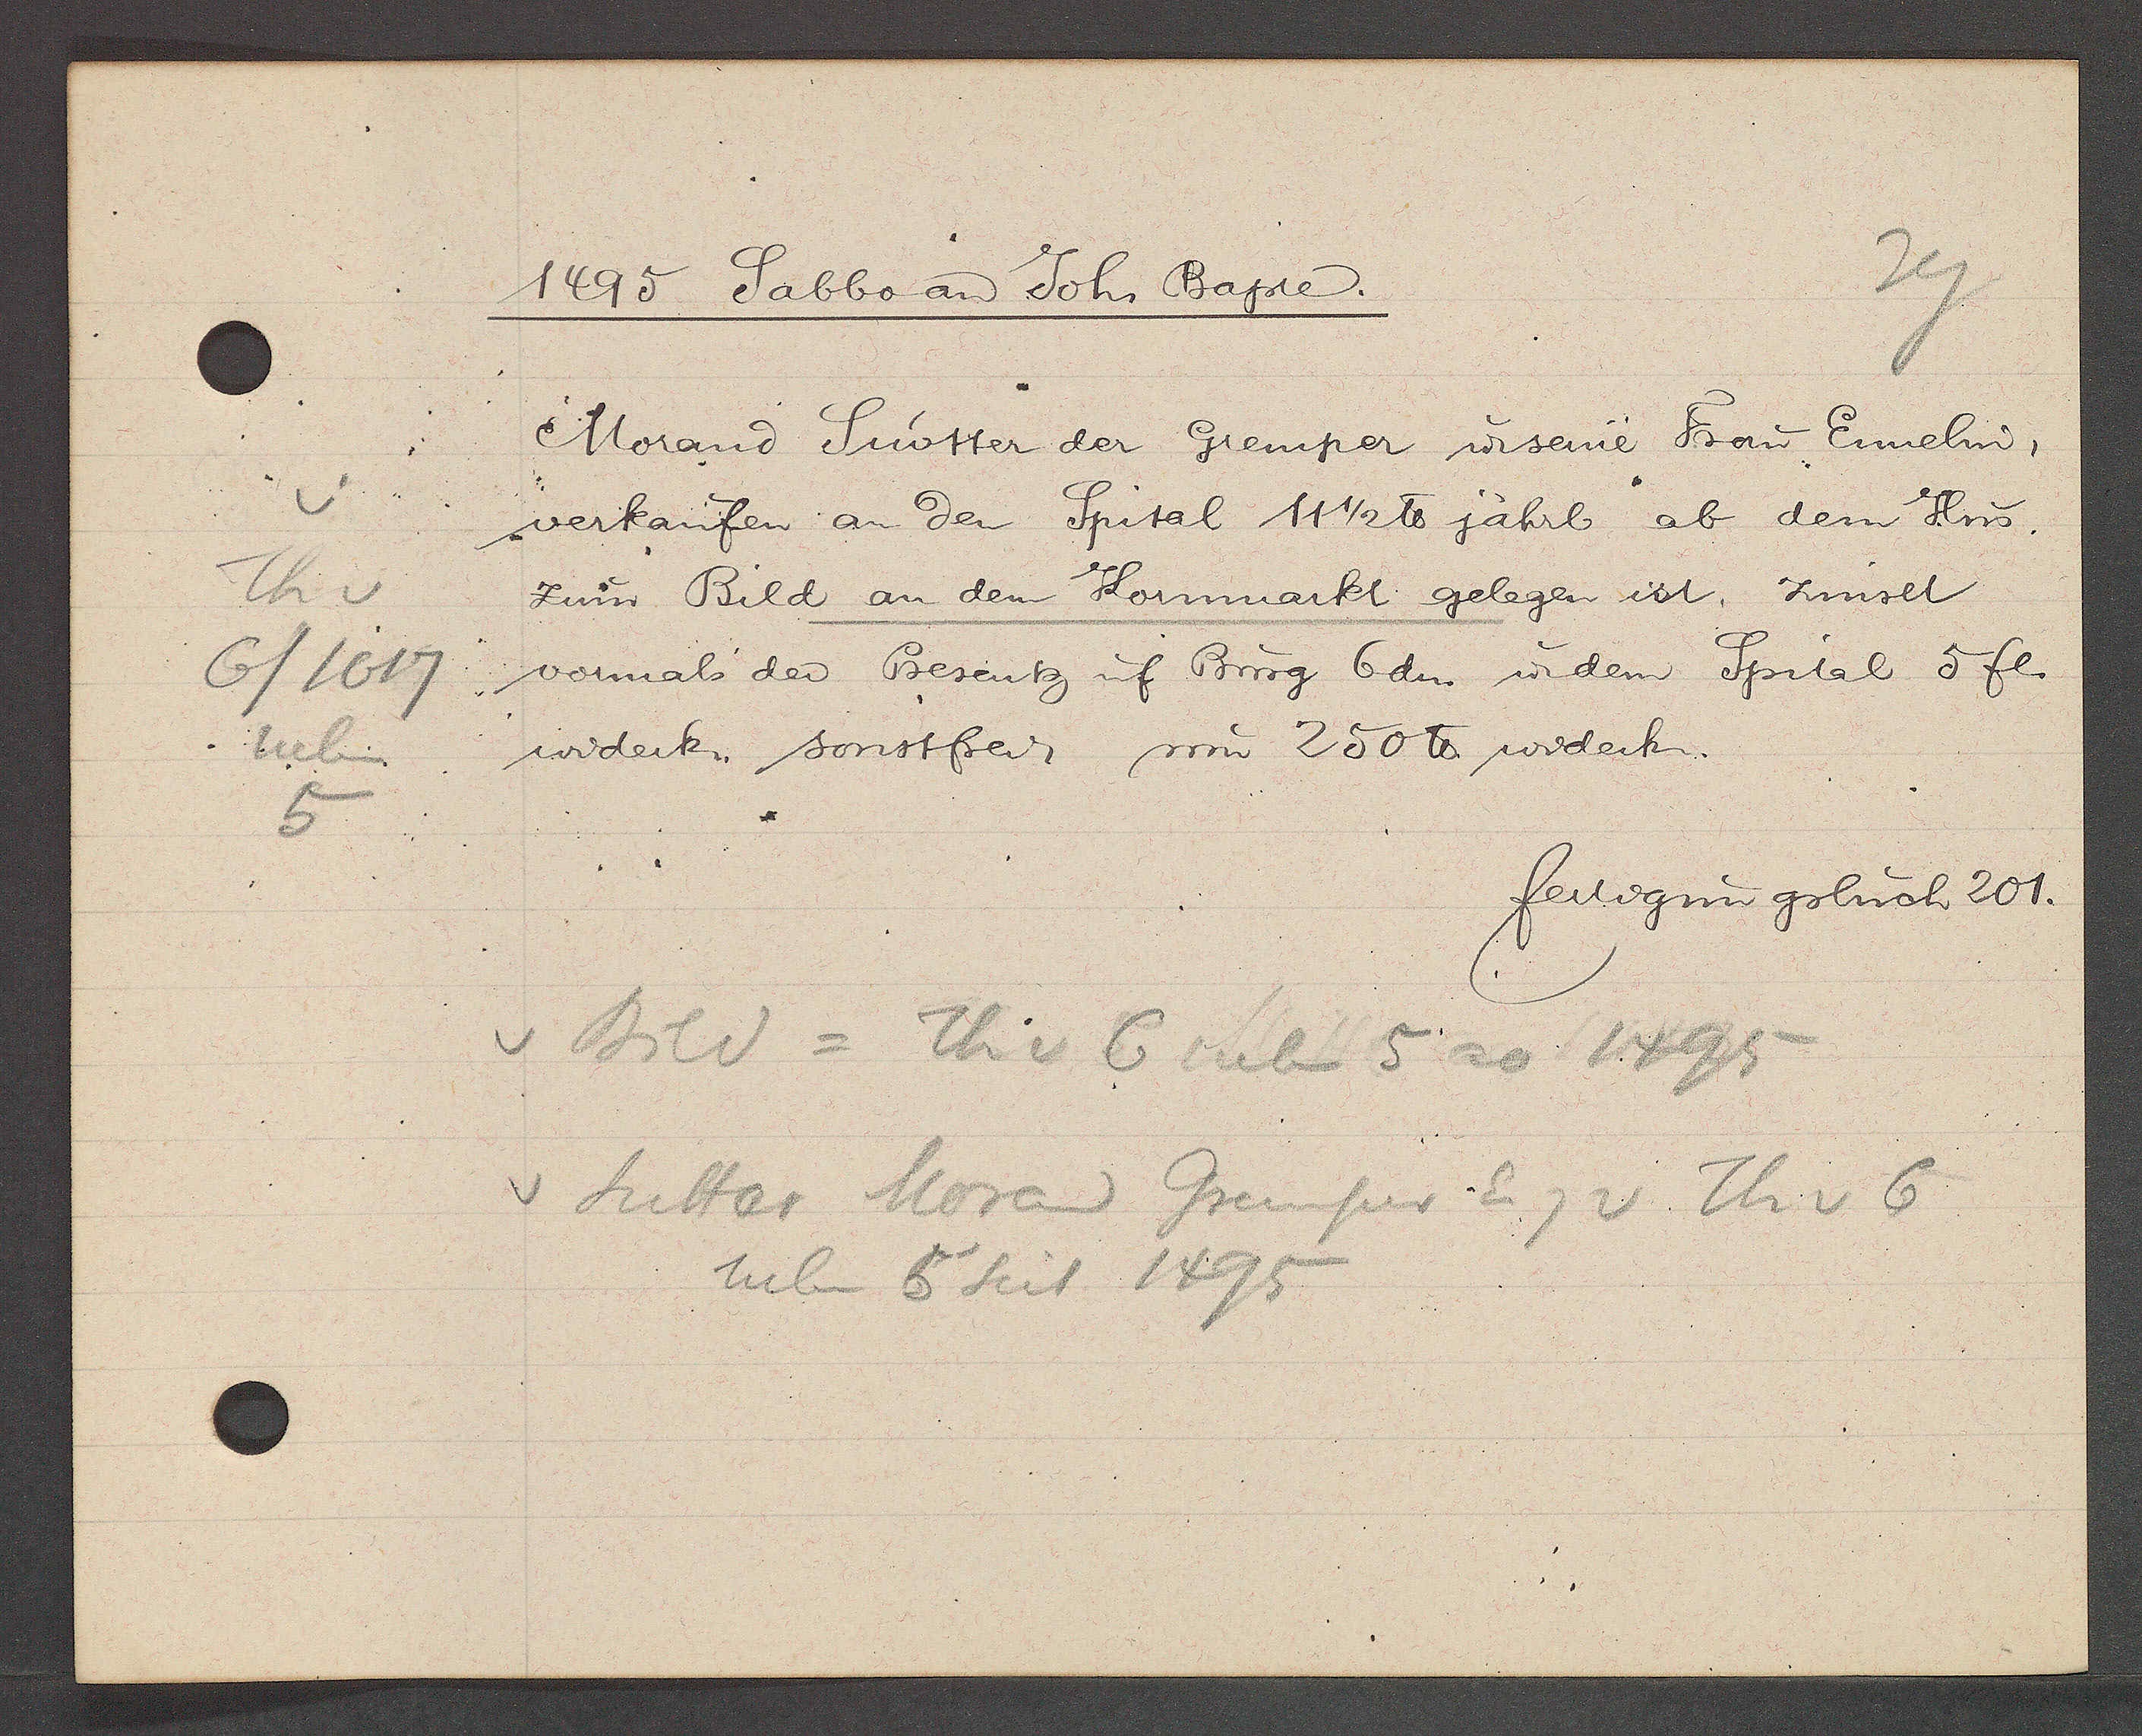
Transcript:
v
Th v
6/1617
neben
5

1495 Sabbo an Joh Bapie.

Morand Suotter der Gremper ư seine Frau Ennelin,
verkaufen an den Spital 11 1/2 ℔ jährl ab dem Hus.
zum Bild an dem Kornmarkt gelegen ist, zinset
vormals der Besentz uf Burg 6dn ư dem Spital 5 fl.
widerk. sonstfrei, um 250 ℔ widerk.

fertigungsbuch 201.

v Bild = Th v 6 neben 5 ao 1495
v Sutter Morad Gremper Eig v Th v 6
neben 5 seit 1495